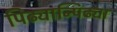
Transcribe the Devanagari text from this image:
पिढ्यान्पिढ्या